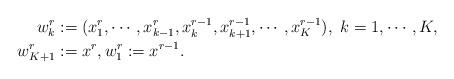
LaTeX: \begin{align*}w^r_k&:=(x^{r}_1,\cdots, x^{r}_{k-1}, x^{r-1}_{k}, x^{r-1}_{k+1}, \cdots, x^{r-1}_K), \ k=1,\cdots, K,\\\ w^{r}_{K+1}&:=x^r, w^{r}_{1}:=x^{r-1} .\end{align*}